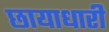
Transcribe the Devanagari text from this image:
छायाधारी